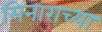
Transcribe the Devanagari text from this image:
मिनाराच्या